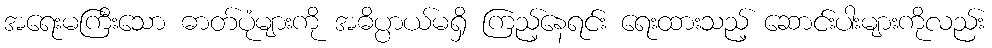
အရေးမကြီးသော ဓာတ်ပုံများကို အဓိပ္ပာယ်မရှိ ကြည့်နေရင်း ရေးထားသည့် ဆောင်းပါးများကိုလည်း